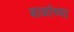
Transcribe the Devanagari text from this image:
बाळांच्या